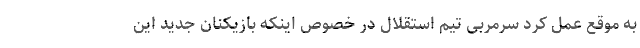
به موقع عمل کرد سرمربی تیم استقلال در خصوص اینکه بازیکنان جدید این